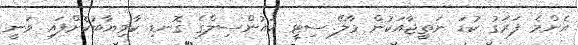
އެންމެ ފަރަގު ކުޑަ ނަތީޖާއަކުން މާލޭ ސިޓީ ކައުންސިލްގެ ގޮނޑި ކާމިޔާބުކޮށްފައި ވަނީ